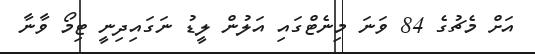
އަށް މެޗުގެ 84 ވަނަ މިނެޓްގައި އަލުން ލީޑު ނަގައިދިނީ ޓިމޯ ވާނާ